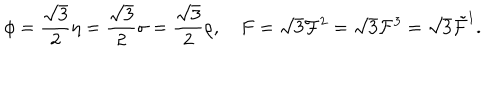
LaTeX: \phi = { \frac { \sqrt { 3 } } { 2 } } \eta = { \frac { \sqrt { 3 } } { 2 } } \sigma = { \frac { \sqrt { 3 } } { 2 } } \rho , F = \sqrt { 3 } { \cal F } ^ { 2 } = \sqrt { 3 } { \cal F } ^ { 3 } = \sqrt { 3 } \tilde { \cal F } ^ { 1 } .